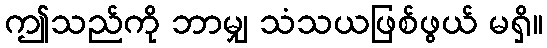
ဤသည်ကို ဘာမျှ သံသယဖြစ်ဖွယ် မရှိ။